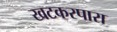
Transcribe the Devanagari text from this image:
खटकरपारा